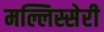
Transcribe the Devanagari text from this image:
मल्लिस्सेरी